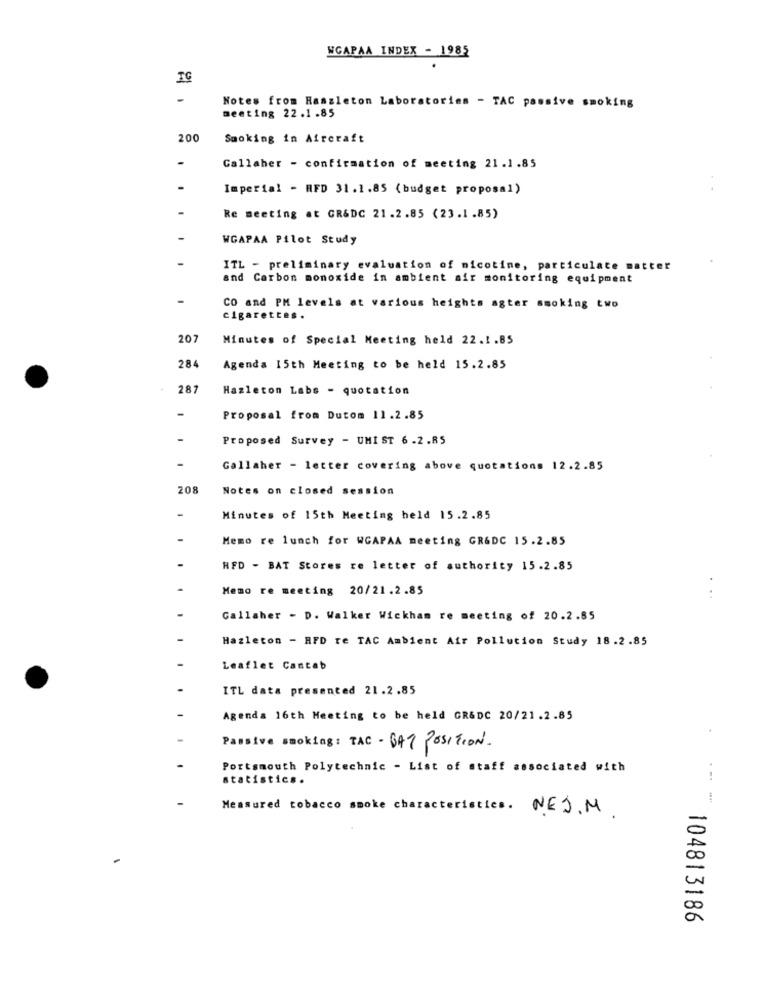
WCAPAA INDEX - 1985
Notes from Hassleton Laboratories - TAC passive smoking
meeting 22.1.85
200
Smoking in Aircraft
Callaher - confirmation of meeting 21.1.85
Imperial - HFD 31.1.85 (budget proposal)
Re meeting at GR&DC 21.2.85 (23.1.85)
WGAPAA Pilot Study
ITL - preliminary evaluation of nicotine, particulate matter
and Carbon monoxide in ambient air monitoring equipment
CO and PH levels at various heights agter smoking two
cigarettes.
207
Minutes of Special Meeting held 22.1.85
284
Agenda 15th Meeting to be held 15.2.85
287
Hazleton Labs - quotation
-
Proposal from Dutom 11.2.85
-
Proposed Survey - UMIST 6.2.85
-
Gallaher - letter covering above quotations 12.2.85
20
Notes on closed session
-
Minutes of 15th Meeting held 15.2.85
Memo re lunch for WCAPAA meeting GR&DC 15.2.85
HFD - BAT Stores re letter of authority 15.2.85
Memo re meeting 20/21.2.85
..
Gallaher - D. Walker Wickham re meeting of 20.2.85
Hazleton - RFD re TAC Ambient Air Pollution Study 18.2.85
Leaflet Cantab
ITL data presented 21.2.85
Agenda 16th Meeting to be held GR&DC 20/21.2.85
Passive smoking: TAC - BAT POSITION
Portsmouth Polytechnic - List of staff associated with
statistics.
Measured tobacco smoke characteristics.
NEJ.M.
104813186